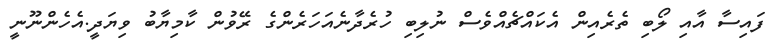
ފައިސާ އާއި ލޯބި ތެރެއިން އެކައްޗެއްވެސް ނުލިބި ހުރެދާނެއަހަރެންގެ ރޭވުން ކާމިޔާބު ވިޔަދީ.އެހެންނޫނީ